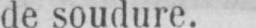
de soudure.